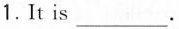
1.It is ___ .